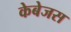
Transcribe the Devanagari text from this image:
केबेजस